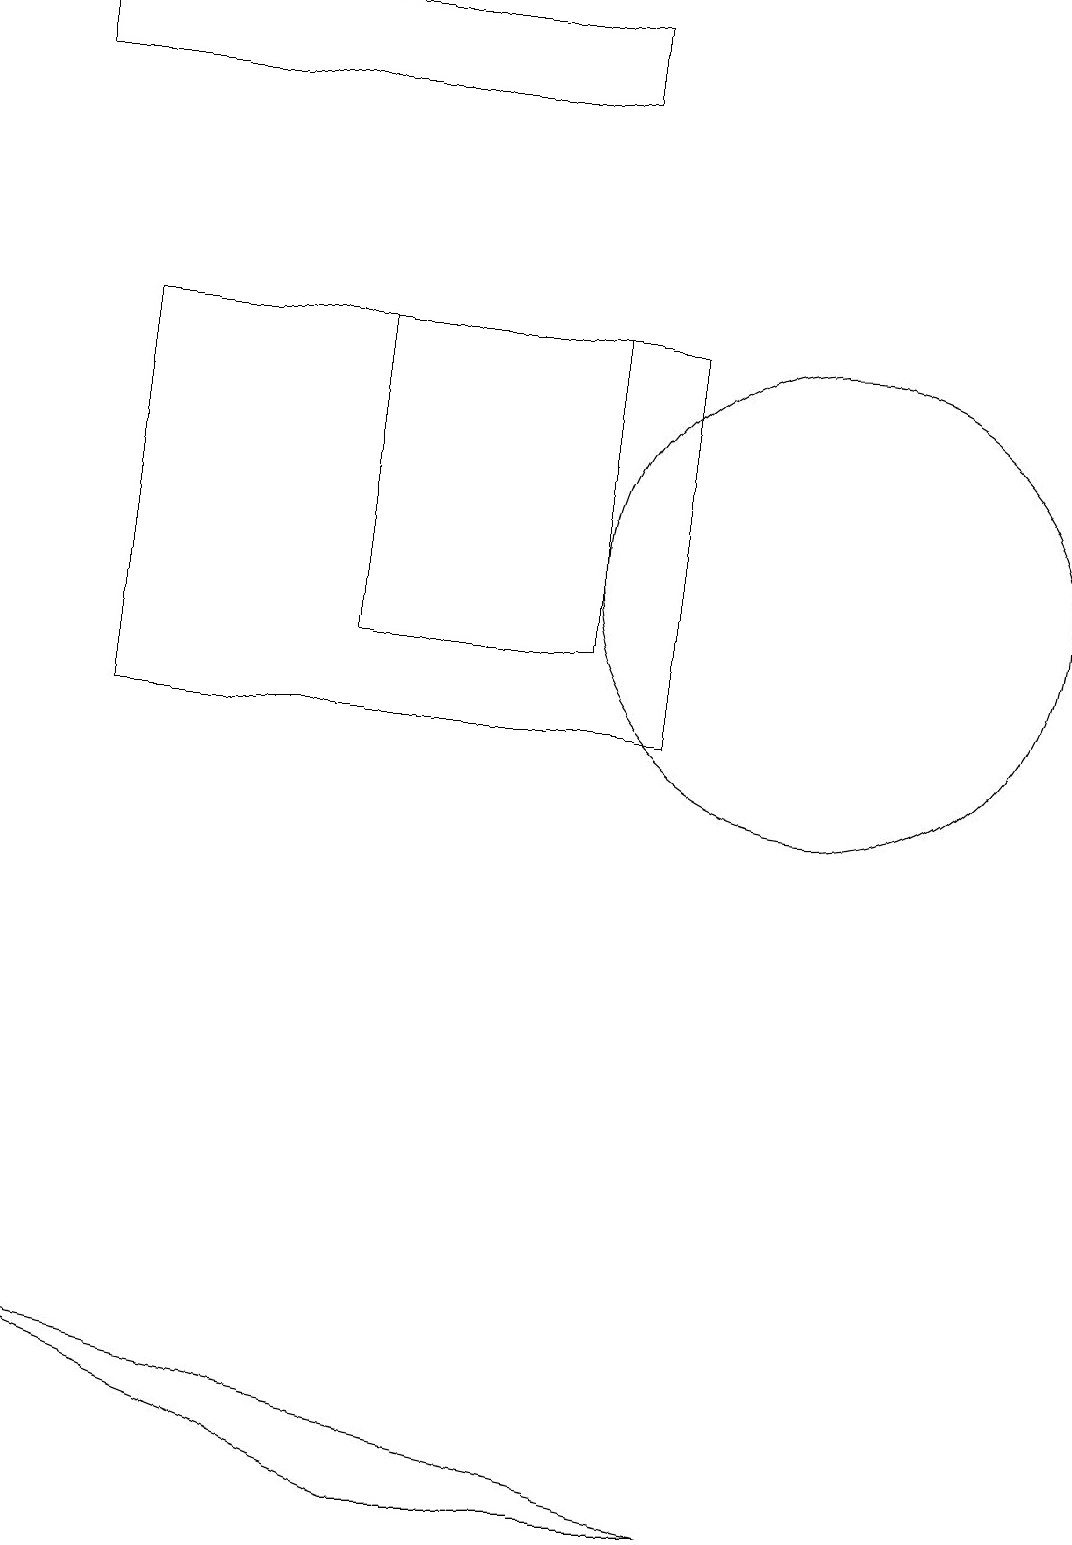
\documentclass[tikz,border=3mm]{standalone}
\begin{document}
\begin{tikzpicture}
\draw (10,12) circle (3);
\draw (4,15) rectangle (7,11);
\draw (0,2) -- (5,0) -- (9,0) -- cycle;
\draw (7,19) rectangle (0,18);
\draw (8,10) rectangle (1,15);
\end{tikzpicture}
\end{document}